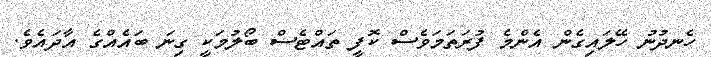
ހެނދުނު ހޭލައިގެން އެންމެ ފުރަތަމަވެސް ކޮފީ ތައްޓެސް ބޯލުމަކީ ގިނަ ބައެއްގެ އާދައެވެ.